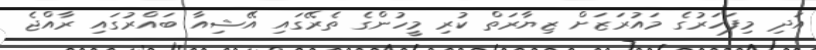
އަދި މިފަހަރުގެ މައުރަޒަށް ޒިޔާރަތް ކުރި މީހުންގެ ތެރޭގައި އޭޝިއާ ބައްރުގައި ރާއްޖެ